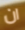
ان